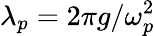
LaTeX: \lambda_{p}=2\pi g/\omega_{p}^{2}